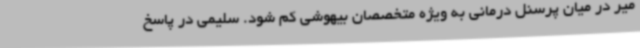
میر در میان پرسنل درمانی به ویژه متخصصان بیهوشی کم شود. سلیمی در پاسخ